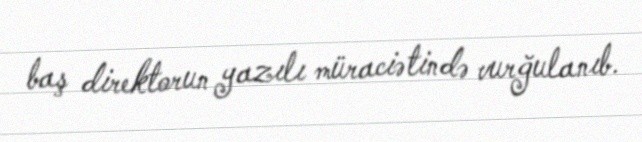
baş direktorun yazılı müraciətində vurğulanıb.